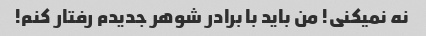
نه نمیکنی! من باید با برادر شوهر جدیدم رفتار کنم!